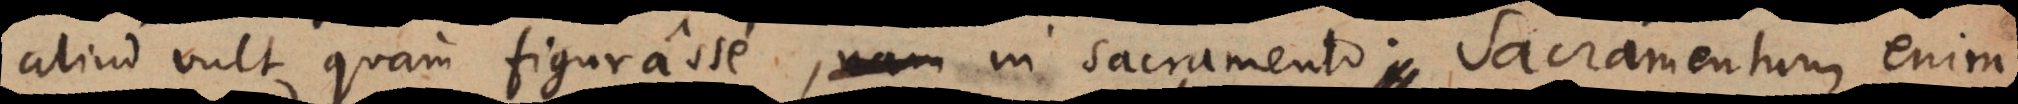
aliud vult quam figurasse, in sacramento. Sacramentum enim